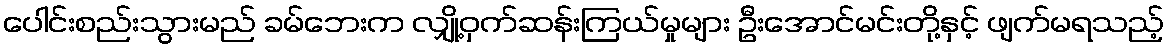
ပေါင်းစည်းသွားမည် ခမ်ဘေးက လျှို့ဝှက်ဆန်းကြယ်မှုများ ဦးအောင်မင်းတို့နှင့် ဖျက်မရသည့်